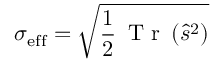
\sigma _ { \mathrm { e f f } } = \sqrt { \frac { 1 } { 2 } \, \mathrm { ~ T ~ r ~ } \left( \hat { s } ^ { 2 } \right) }